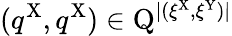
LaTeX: (q^{\mathrm{X}},q^{\mathrm{X}})\in\mathrm{Q}^{|(\xi^{\mathrm{X}},\xi^{\mathrm{Y}})|}